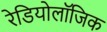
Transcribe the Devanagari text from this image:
रेडियोलॉजिक